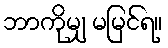
ဘာကိုမျှ မမြင်ရ။